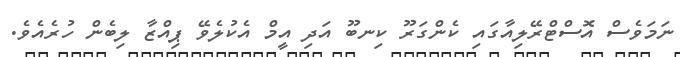
ނަމަވެސް އޮސްޓްރޭލިއާގައި ކެންގަރޫ ކިނބޫ އަދި އީމް އެކުލެވޭ ޕިއްޒާ ލިބެން ހުރެއެވެ.